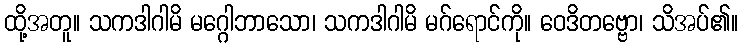
ထို့အတူ။ သကဒါဂါမိ မဂ္ဂေါဘာသော၊ သကဒါဂါမိ မဂ်ရောင်ကို။ ဝေဒိတဗ္ဗော၊ သိအပ်၏။